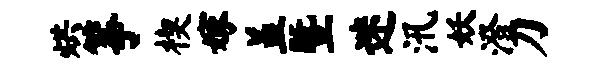
烘筝楔嫁盖暨迷汛妖澄刀